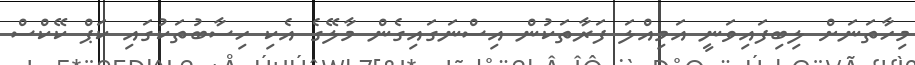
މިހާތަނަށް ލިބިފައިވަނީ އަމިއްލަ ފަރާތަކުން އިސްނަގައިގެން މާލޭގެ އެކި ހިސާބުތަކުގައި ކަޕް ކޭކްސް